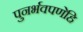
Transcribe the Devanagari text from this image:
पुनर्भवपणेहि